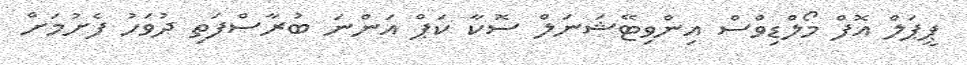
ޕީޕަލް އޮފް މޯލްޑިވްސް އިންވިޓޭޝަނަލް ސޮކާ ކަޕް އަންނަ ބުރާސްފަތި ދުވަހު ފެށުމަށް